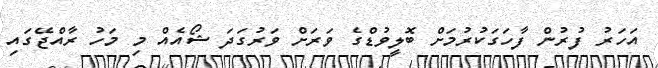
އަހަރު ފުރުން ފާހަގަކުރުމަށް ބޮލީވުޑްގެ ވަރަށް ވަރުގަދަ ޝޯއެއް މި މަހު ރާއްޖޭގައި